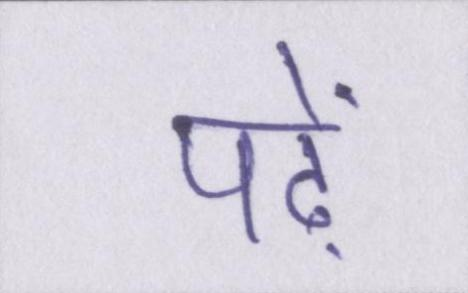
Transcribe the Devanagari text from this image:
पढ़ें